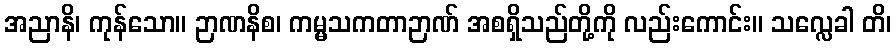
အညာနိ၊ ကုန်သော။ ဉာဏနိစ၊ ကမ္မသကတာဉာဏ် အစရှိသည်တို့ကို လည်းကောင်း။ သလ္လေခါ တိ၊